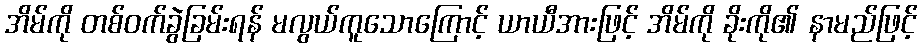
အိမ်ကို တစ်ဝက်ခွဲခြမ်းရန် မလွယ်ကူသောကြောင့် ယာယီအားဖြင့် အိမ်ကို ခိုးကို၏ နာမည်ဖြင့်